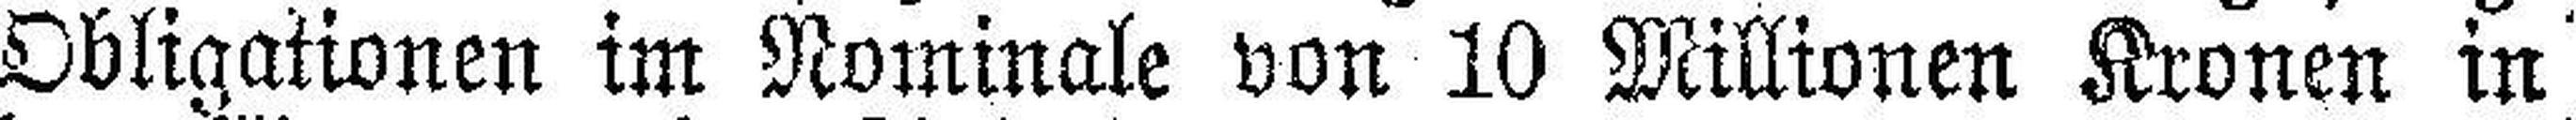
Obligationen im Nominale von 10 Millionen Kronen in